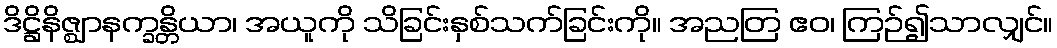
ဒိဋ္ဌိနိဇ္ဈာနက္ခန္တိယာ၊ အယူကို သိခြင်းနှစ်သက်ခြင်းကို။ အညတြ ဧဝ၊ ကြဉ်၍သာလျှင်။